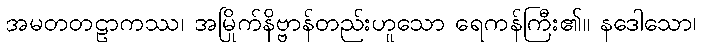
အမတတဠာကဿ၊ အမြိုက်နိဗ္ဗာန်တည်းဟူသော ရေကန်ကြီး၏။ နဒေါသော၊